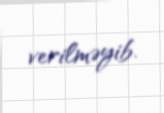
verilməyib.